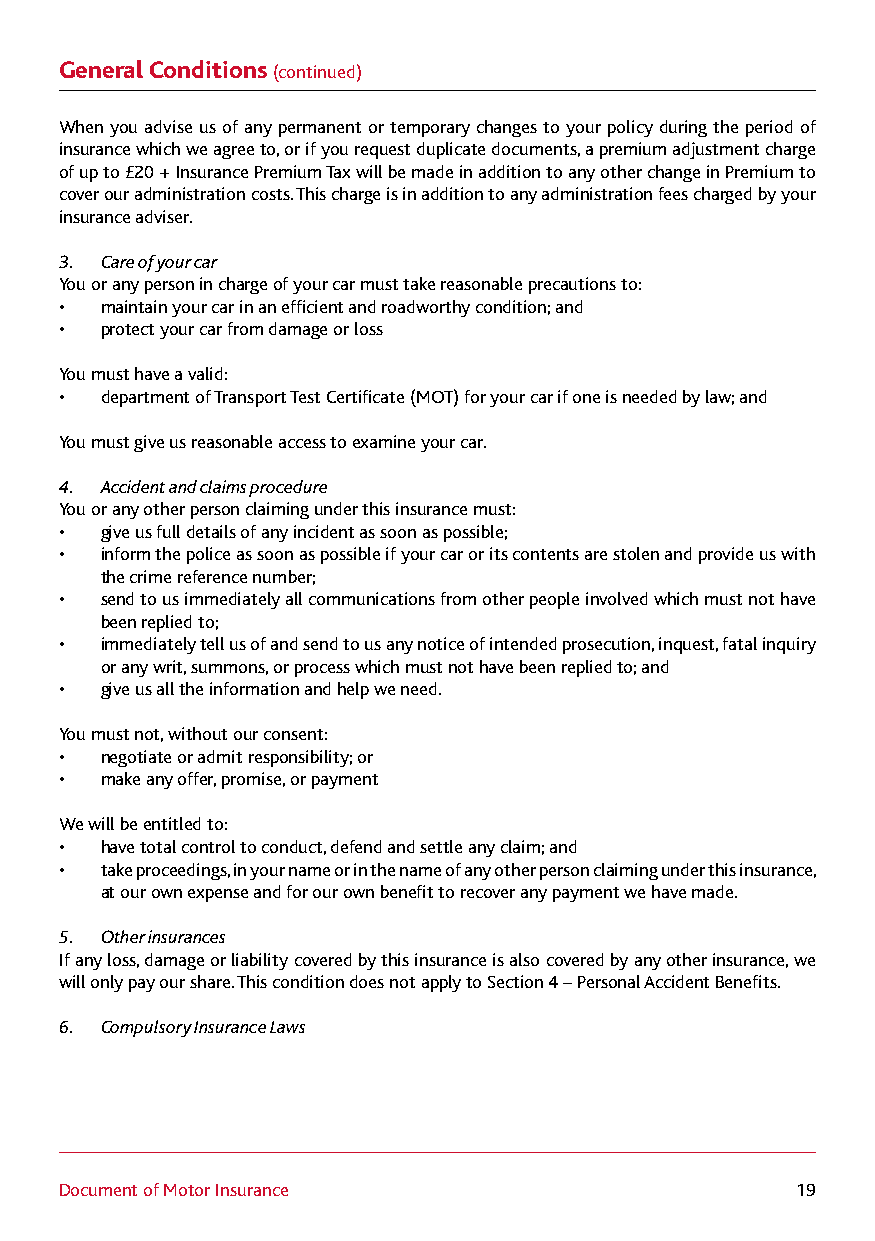
General Conditions (continued)
 When you advise us of any permanent or temporary changes to your policy during the period of
 insurance which we agree to, or if you request duplicate documents, a premium adjustment charge
 of up to £20 + Insurance Premium Tax will be made in addition to any other change in Premium to
 cover our administration costs. This charge is in addition to any administration fees charged by your
 insurance adviser.
 3. Care of your car
 You or any person in charge of your car must take reasonable precautions to:
 •  maintain your car in an efficient and roadworthy condition; and
 •  protect your car from damage or loss
 You must have a valid:
 •  department of Transport Test Certificate (MOT) for your car if one is needed by law; and
 You must give us reasonable access to examine your car.
 4. Accident and claims procedure
 You or any other person claiming under this insurance must:
 •  give us full details of any incident as soon as possible;
 •  inform the police as soon as possible if your car or its contents are stolen and provide us with
 the crime reference number;
 •  send to us immediately all communications from other people involved which must not have
 been replied to;
 •  immediately tell us of and send to us any notice of intended prosecution, inquest, fatal inquiry
 or any writ, summons, or process which must not have been replied to; and
 •  give us all the information and help we need.
 You must not, without our consent:
 •  negotiate or admit responsibility; or
 •  make any offer, promise, or payment
 We will be entitled to:
 •  have total control to conduct, defend and settle any claim; and
 •  take proceedings, in your name or in the name of any other person claiming under this insurance,
 at our own expense and for our own benefit to recover any payment we have made.
 5. Other insurances
 If any loss, damage or liability covered by this insurance is also covered by any other insurance, we
 will only pay our share. This condition does not apply to Section 4 – Personal Accident Benefits.
 6. Compulsory Insurance Laws
 Document of Motor Insurance                      19